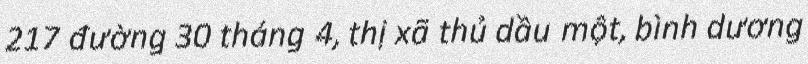
217 đường 30 tháng 4, thị xã thủ dầu một, bình dương